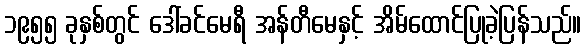
၁၉၅၅ ခုနှစ်တွင် ဒေါ်ခင်မေရီ အန်တီမေနှင့် အိမ်ထောင်ပြုခဲ့ပြန်သည်။